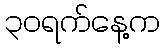
၃၀ရက်နေ့က